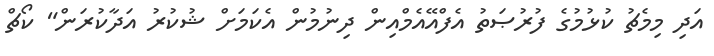
އަދި މިމެޗު ކުޅުމުގެ ފުރުޞަތު އެފްއޭއެމްއިން ދިނުމުން އެކަމަށް ޝުކުރު އަދާކުރަން" ކޯޗް